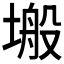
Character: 𭏜